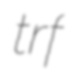
trf